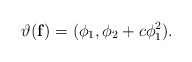
\begin{align*} \vartheta(\mathbf f) = (\phi_1,\phi_2+c\phi_1^2).\end{align*}